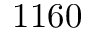
1 1 6 0